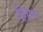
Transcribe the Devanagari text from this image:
हिरम